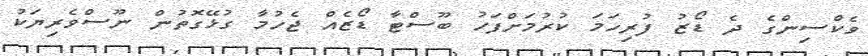
ވެކްސިންގެ ދެ ޑޯޒު ފުރިހަމަ ކުރުމަށްފަހު ބޫސްޓާ ޑޯޒެއް ޖެހުމާ ގުޅޭގޮތުން ނޫސްވެރިޔަކު